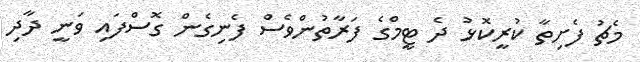
މެޗު ފެށިތާ ކުރީކޮޅު ދެ ޓީމްގެ ފަރާތުންވެސް ފެނިގެން ގޮސްފައި ވަނީ ދާދި